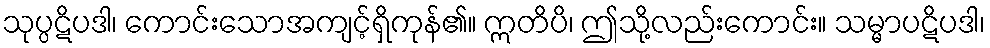
သုပ္ပဋိပဒါ၊ ကောင်းသောအကျင့်ရှိကုန်၏။ ဣတိပိ၊ ဤသို့လည်းကောင်း။ သမ္မာပဋိပဒါ၊